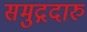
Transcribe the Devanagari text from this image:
समुद्गदारु